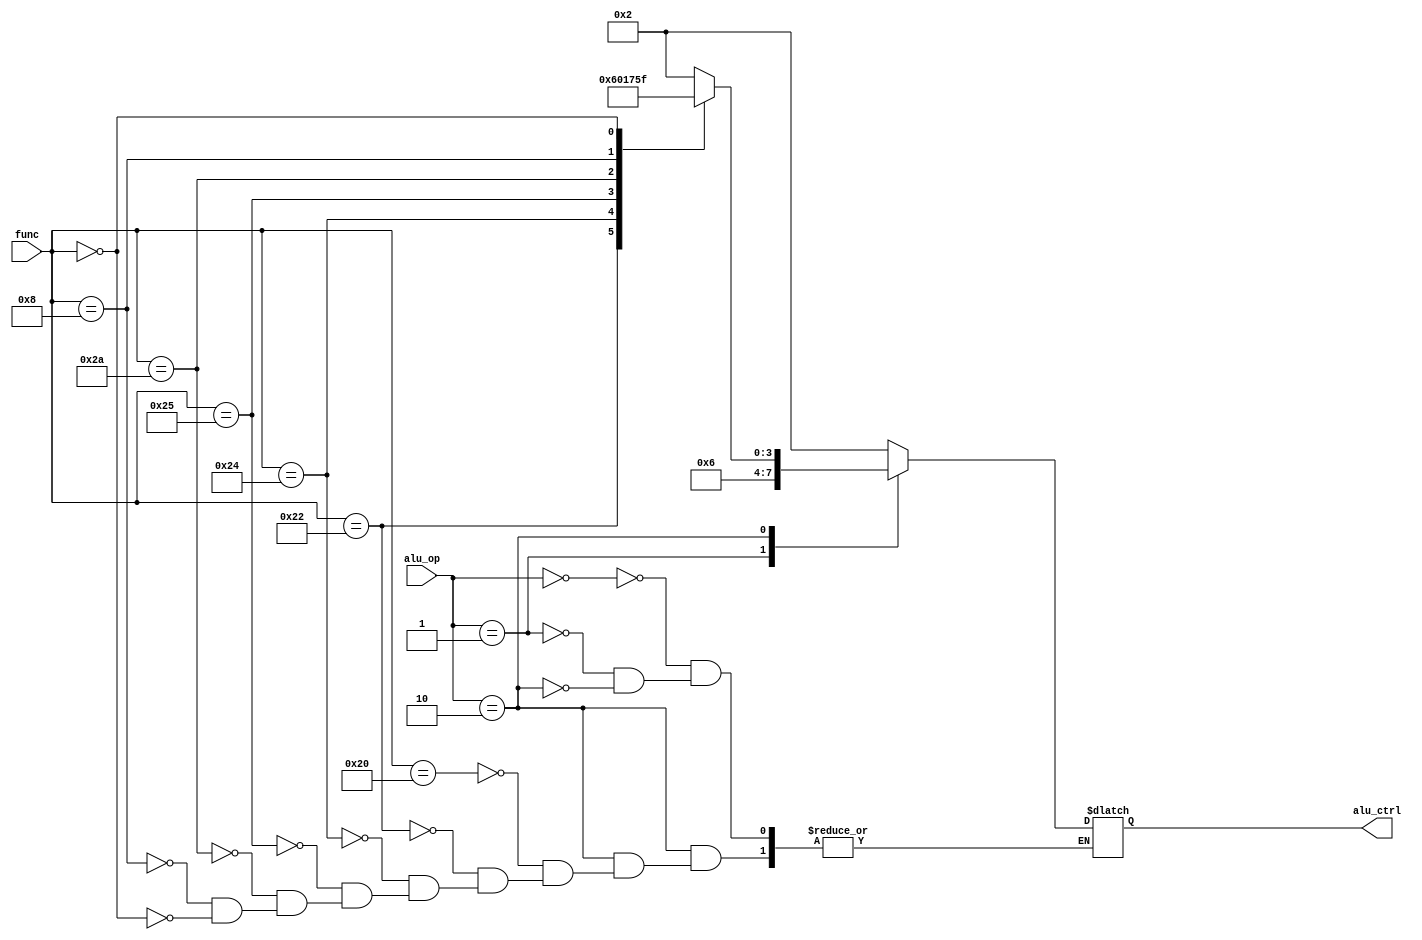
`timescale 1ns / 1ps
//////////////////////////////////////////////////////////////////////////////////
// Company:
// Engineer:
//
// Design Name:
// Module Name: alu_control
// Project Name:
// Target Devices:
// Tool Versions:
// Description:
//
// Dependencies:
//
// Revision:
// Revision 0.01 - File Created
// Additional Comments:
//
//////////////////////////////////////////////////////////////////////////////////


module alu_control(
           input [1:0] alu_op,  // ALU 8-bit Inputs
           input [5:0] func,// func fild,
           output reg [3:0] alu_ctrl // ALU 4-bit Output
    );
    //reg [7:0] alu_out;
    //assign alu_ctrl = alu_out;
    always @(*)
    begin
                case(alu_op)
                2'b00: // load word / store word
                begin
                    alu_ctrl = 4'b0010;
                end
                2'b01: // branch equal
                begin
                    alu_ctrl = 4'b0110;
                end
                2'b10:
                begin
                    case(func)
                    6'b100000: // add
                    begin
                        alu_ctrl = 4'b0010;
                    end
                    6'b100010: // subtract
                    begin
                        alu_ctrl = 4'b0110;
                    end
                    6'b100100: // and
                    begin
                        alu_ctrl = 4'b0000;
                    end
                    6'b100101: // or
                    begin
                        alu_ctrl = 4'b0001;
                    end
                    6'b101010: // slt
                    begin
                        alu_ctrl = 4'b0111;
                    end
                    6'b001000: //jr
                    begin
                        alu_ctrl = 4'b0101;
                    end
                    6'b000000: //sll | shift left logical
                    begin
                        alu_ctrl = 4'b1111;
                    end
                    endcase
                end
                endcase
            end
        endmodule